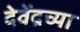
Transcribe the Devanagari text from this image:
देवेंद्रच्या